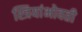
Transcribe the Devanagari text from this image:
स्त्रियांभोवती